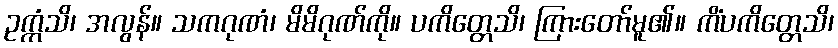
ဥက္ကံသိ၊ အလွန်။ သကဂုဏံ၊ မိမိဂုဏ်ကို။ ပကိတ္တေသိ၊ ကြားတော်မူ၏။ ကိံပကိတ္တေသိ၊